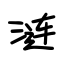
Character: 涟